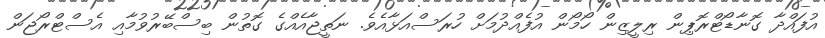
އުފައްދާ ގޮނާޑޯޓްރޮޕިން ރިލީޒިން ހޯމޯން އުފެއްދުމަށް ހުރަސްއަޅާއެވެ. ނަތީޖާއެއްގެ ގޮތުން ބިސްބޭރުވުމާއި އެސްޓްރޯޖަން